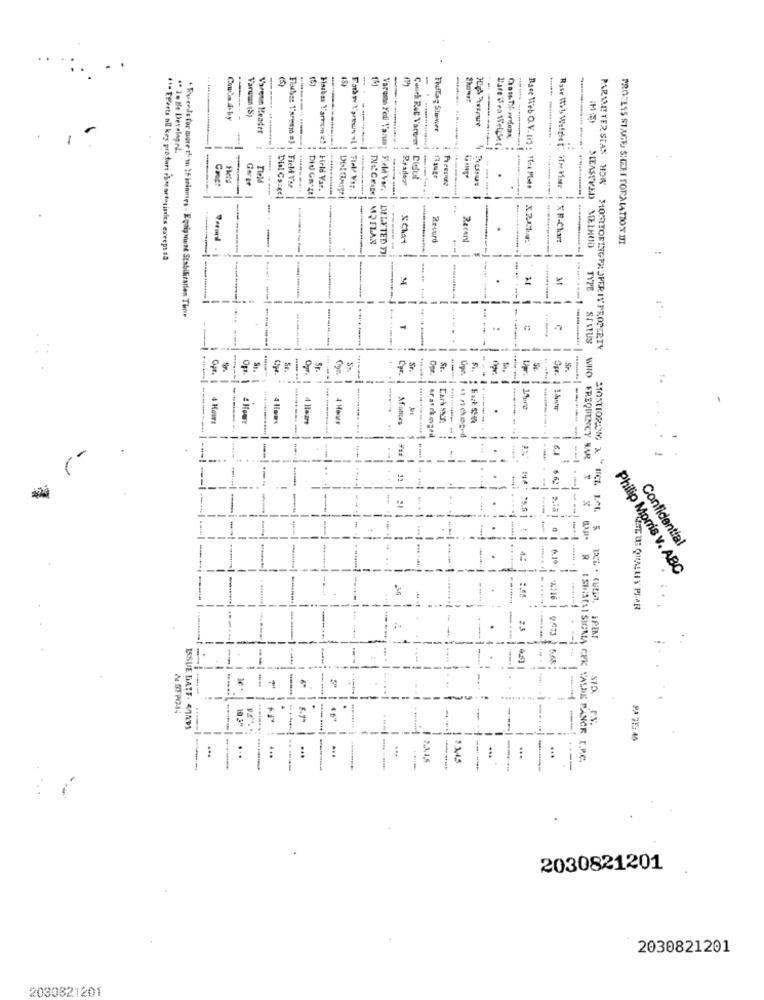
13
13
-
-
-
Coutad-by
Varman (S)
Vareun Header
Fluflag Stmvier
Varuma Fell Varua
---
" To be Developed
.
Gorge
Cisful
Cuuch Ret Varerer' Cisful
PARAAE TER STAS HOW
Caet
Dual Cazeel
Flashax Yarte z! | Held Var.
Race Web O. V. (7) . Itre PLto
--
SLEASTVED
-
MPFLAX
THE GRID| MQFLAN
2rcord
Recent
Rase Web Welchet: im Vor ! XR-Chart
METHOD
PROCESS STAGE: SHERI FORMATION III
-----
DELETED FJ
-
---
-
----
**- EEbets nil key pra dare ilmortosinles except sa
.
TYPE
-
-
---
------
-- 1-
. Wirende Cor more than 25 hrinmes - Equipment Stabilization Tupe
T
--
SIMUS
--
MONITORINGPX OPERIY'PROPERTY
Gpr.
-
SE-
Ogr
Cpr.
Opr.
St.
Op. 1
--
1.
-
4 Hours
---
arat changed
-
---
1 6.1
---
WHO FREQUENCY HAR
-
----------
15.6 1
- --
STONTIOROM & NICZ LAG
--
Confidential
Philip Moms v. ABC
-
23
0.473
--
---
-
--
---
..
.--
-
-
-
ISSUE DATE- 40191
--
---
...
...
...
2.3,4,5
.. 4
...
...
I SISTAI SIGMA CEK VALUE PANCE I.P.C.
------
---
---
2030821201
2030821201
2030821201